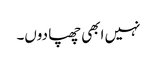
نہیں ابھی چھپا دوں۔